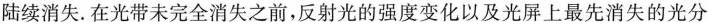
陆续消失.在光带未完全消失之前，反射光的强度变化以及光屏上最先消失的光分